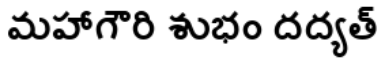
మహాగౌరి శుభం దద్యత్